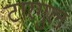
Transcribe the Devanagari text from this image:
टारगुल